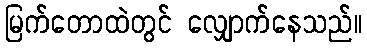
မြက်တောထဲတွင် လျှောက်နေသည်။